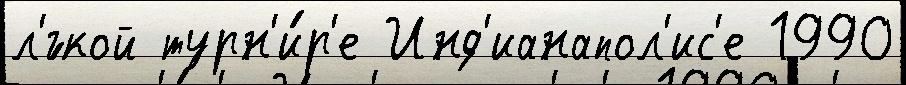
л'́гкой турн'и́р'е Инд'ианапол'ис'е 1990